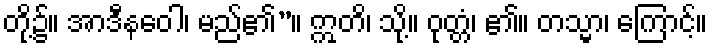
တို့၌။ အာဒီနဝေါ၊ မည်၏”။ ဣတိ၊ သို့။ ဝုတ္တံ၊ ၏။ တသ္မာ၊ ကြောင့်။